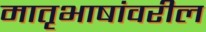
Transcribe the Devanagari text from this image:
मातृभाषांवरील